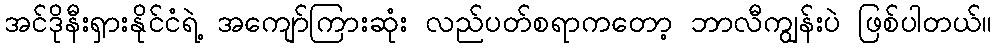
အင်ဒိုနီးရှားနိုင်ငံရဲ့ အကျော်ကြားဆုံး လည်ပတ်စရာကတော့ ဘာလီကျွန်းပဲ ဖြစ်ပါတယ်။